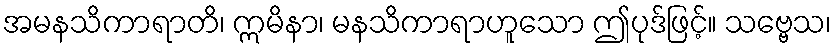
အမနသိကာရာတိ၊ ဣမိနာ၊ မနသိကာရာဟူသော ဤပုဒ်ဖြင့်။ သဗ္ဗေသ၊